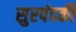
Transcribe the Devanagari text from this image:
सुरपंदकी